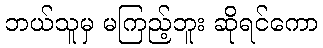
ဘယ်သူမှ မကြည့်ဘူး ဆိုရင်ကော